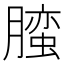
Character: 𰯛